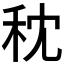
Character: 𥝴